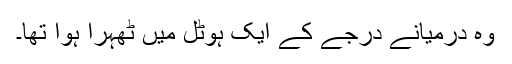
وہ درمیانے درجے کے ایک ہوٹل میں ٹھہرا ہوا تھا۔